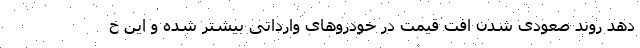
دهد روند صعودی شدن افت قیمت در خودروهای وارداتی بیشتر شده و این خ